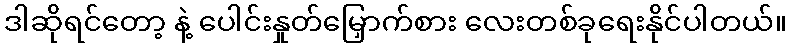
ဒါဆိုရင်တော့ နဲ့ ပေါင်းနှုတ်မြှောက်စား လေးတစ်ခုရေးနိုင်ပါတယ်။